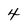
Character: 4